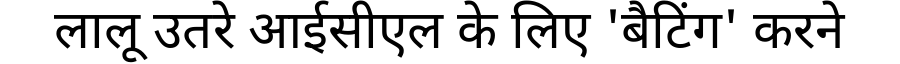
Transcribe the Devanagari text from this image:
लालू उतरे आईसीएल के लिए 'बैटिंग' करने